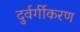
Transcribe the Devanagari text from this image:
दुर्वर्गीकरण